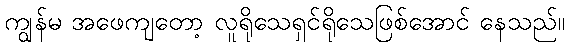
ကျွန်မ အဖေကျတော့ လူရိုသေရှင်ရိုသေဖြစ်အောင် နေသည်။